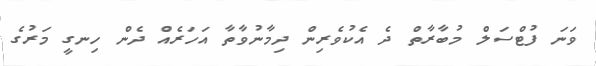
ވަނަ ފުޓްސަލް މުބާރާތް ދެ އެކުވެރިން ދިމާނުވާތާ އަހަރެއް ދެން ހިނގީ މަރުގެ